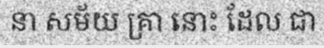
នា សម័យ គ្រា នោះ ដែល ជា